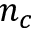
n _ { c }